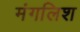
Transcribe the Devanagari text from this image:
मंगलिश